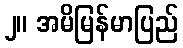
၂။ အမိမြန်မာပြည်